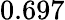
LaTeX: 0.697